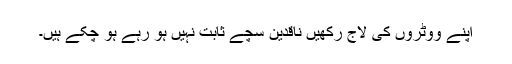
اپنے ووٹروں کی لاج رکھیں ناقدین سچے ثابت نہیں ہو رہے ہو چکے ہیں۔